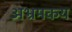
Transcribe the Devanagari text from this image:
अभ्रमकय